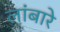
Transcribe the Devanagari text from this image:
लांबारे